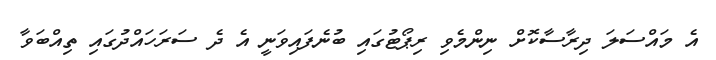
އެ މައްސަލަ ދިރާސާކޮށް ނިންމެވި ރިޕޯޓުގައި ބުނެފައިވަނީ އެ ދެ ސަރަހައްދުގައި ތިއްބަވާ